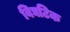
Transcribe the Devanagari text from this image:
विघटिक